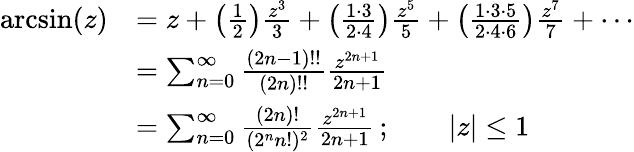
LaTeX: {\begin{array}{rl}{\arcsin(z)}&{=z+\left({\frac{1}{2}}\right){\frac{z^{3}}{3}}+\left({\frac{1\cdot 3}{2\cdot 4}}\right){\frac{z^{5}}{5}}+\left({\frac{1\cdot 3\cdot 5}{2\cdot 4\cdot 6}}\right){\frac{z^{7}}{7}}+\cdots}\\ &{=\sum_{n=0}^{\infty}{\frac{(2n-1)!!}{(2n)!!}}{\frac{z^{2n+1}}{2n+1}}}\\ &{=\sum_{n=0}^{\infty}{\frac{(2n)!}{(2^{n}n!)^{2}}}{\frac{z^{2n+1}}{2n+1}}\, ;\qquad|z|\leq 1}\end{array}}